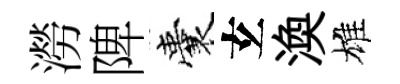
澇陴囊𤣥渙雄